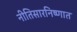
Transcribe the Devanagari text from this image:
नीतिसारनिष्णात